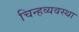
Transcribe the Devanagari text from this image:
चिन्हव्यवस्था